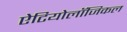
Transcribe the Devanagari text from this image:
ऐटियोलॉजिकल